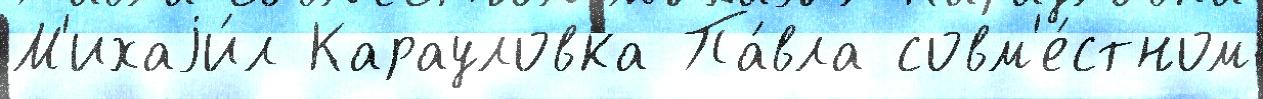
М'ихаjи́л Карауловка Па́вла совм'е́стном